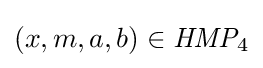
(x,m,a,b)\in {\textit {HMP}}_{4}